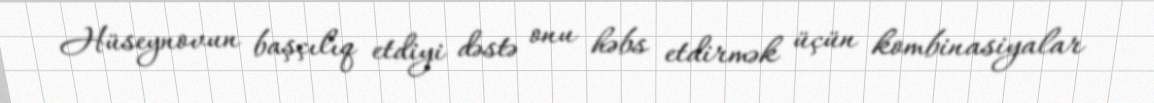
Hüseynovun başçılıq etdiyi dəstə onu həbs etdirmək üçün kombinasiyalar